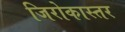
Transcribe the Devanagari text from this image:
जिरोकास्तर